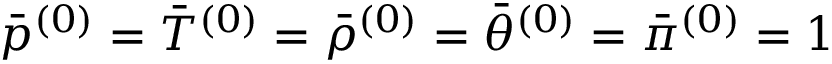
\begin{array} { r } { \bar { p } ^ { ( 0 ) } = \bar { T } ^ { ( 0 ) } = \bar { \rho } ^ { ( 0 ) } = \bar { \theta } ^ { ( 0 ) } = \bar { \pi } ^ { ( 0 ) } = 1 } \end{array}